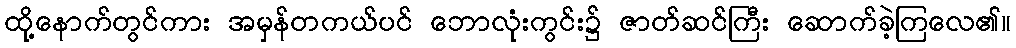
ထို့နောက်တွင်ကား အမှန်တကယ်ပင် ဘောလုံးကွင်း၌ ဇာတ်ဆင်ကြီး ဆောက်ခဲ့ကြလေ၏။